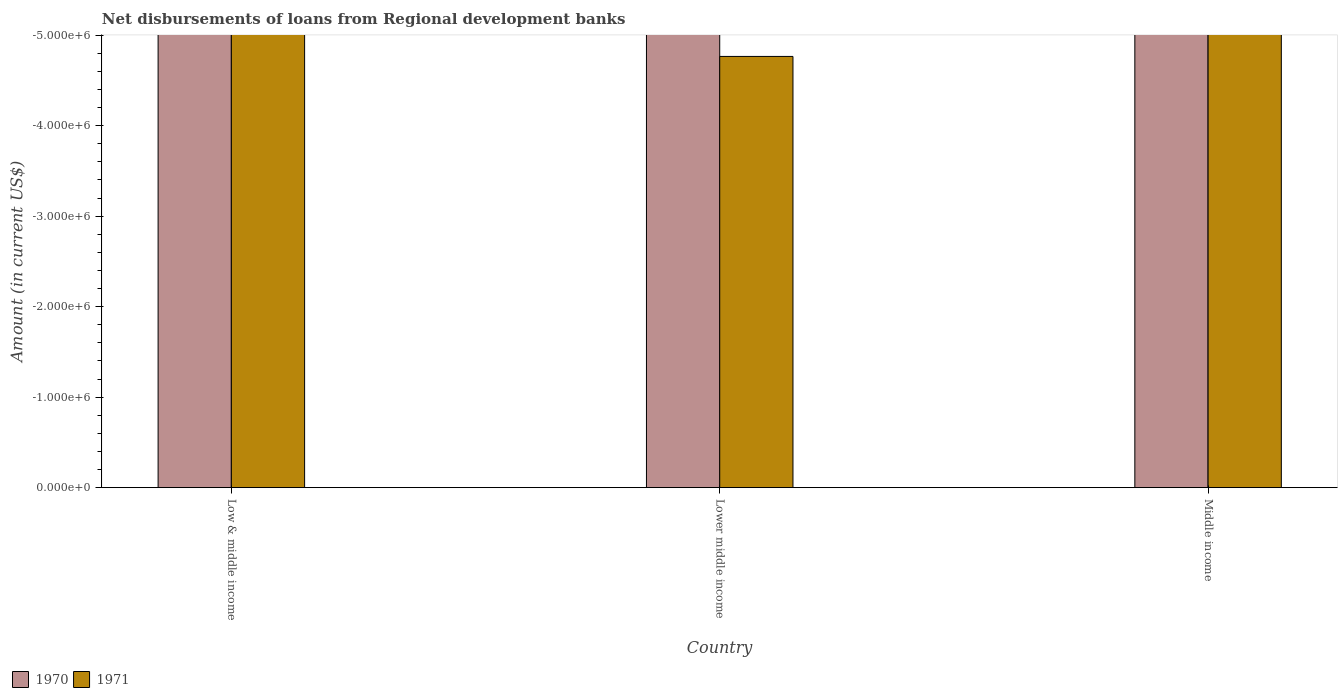
| Country | 1970 | 1971 |
 | --- | --- | --- |
 | Low & middle income | -2.02e+08 | -1.57e+07 |
 | Lower middle income | -2.02e+08 | -4.76e+06 |
 | Middle income | -2.02e+08 | -1.22e+07 |